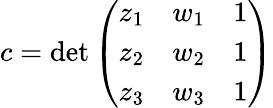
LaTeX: c=\operatorname*{det}{\left(\begin{array}{lll}{z_{1}}&{w_{1}}&{1}\\ {z_{2}}&{w_{2}}&{1}\\ {z_{3}}&{w_{3}}&{1}\end{array}\right)}